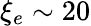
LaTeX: \xi_{e}\sim 20